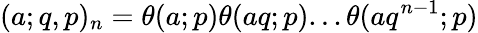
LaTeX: \displaystyle(a;q,p)_{n}=\theta(a;p)\theta(aq;p)...\theta(aq^{n-1};p)